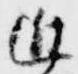
近